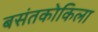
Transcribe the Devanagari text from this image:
बसंतकोकिला